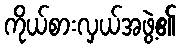
ကိုယ်စားလှယ်အဖွဲ့၏